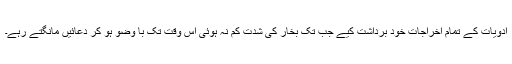
ادویات کے تمام اخراجات خود برداشت کیے جب تک بخار کی شدت کم نہ ہوئی اس وقت تک با وضو ہو کر دعائیں مانگتے رہے۔